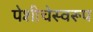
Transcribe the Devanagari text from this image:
पेशीचेस्वरूप